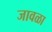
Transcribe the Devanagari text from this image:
जावळा